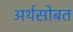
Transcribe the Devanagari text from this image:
अर्थसोबत